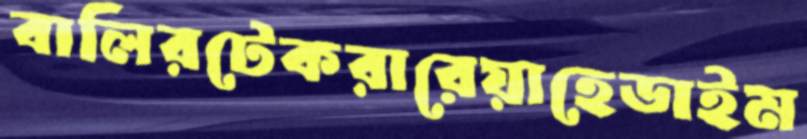
বালিরটেকরারেয়াহেডাইম